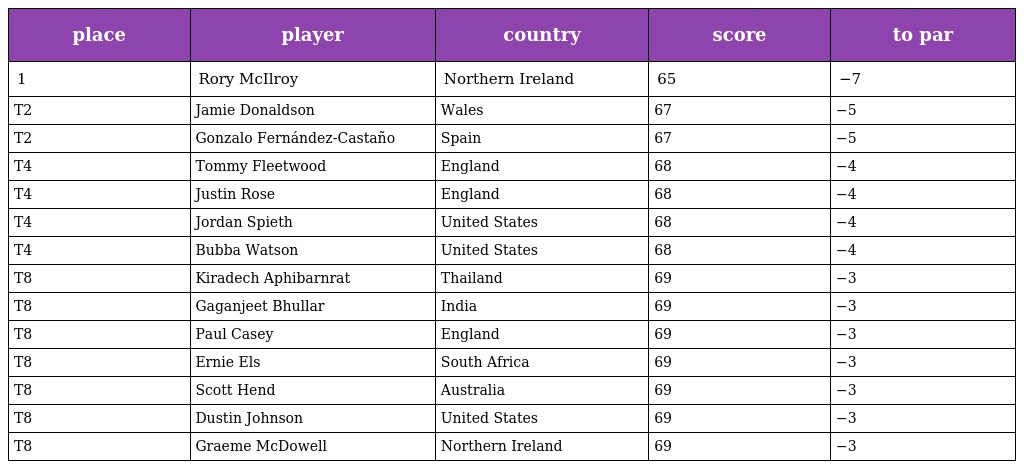
| place | player | country | score | to par |
 | --- | --- | --- | --- | --- |
 | 1 | Rory McIlroy | Northern Ireland | 65 | −7 |
 | T2 | Jamie Donaldson | Wales | 67 | −5 |
 | T2 | Gonzalo Fernández-Castaño | Spain | 67 | −5 |
 | T4 | Tommy Fleetwood | England | 68 | −4 |
 | T4 | Justin Rose | England | 68 | −4 |
 | T4 | Jordan Spieth | United States | 68 | −4 |
 | T4 | Bubba Watson | United States | 68 | −4 |
 | T8 | Kiradech Aphibarnrat | Thailand | 69 | −3 |
 | T8 | Gaganjeet Bhullar | India | 69 | −3 |
 | T8 | Paul Casey | England | 69 | −3 |
 | T8 | Ernie Els | South Africa | 69 | −3 |
 | T8 | Scott Hend | Australia | 69 | −3 |
 | T8 | Dustin Johnson | United States | 69 | −3 |
 | T8 | Graeme McDowell | Northern Ireland | 69 | −3 |